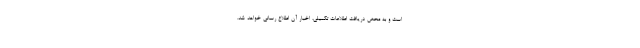
است و به محض دریافت اطلاعات تکمیلی، اخبار آن اطلاع رسانی خواهد شد.